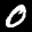
Label: 0